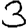
Digit: 3